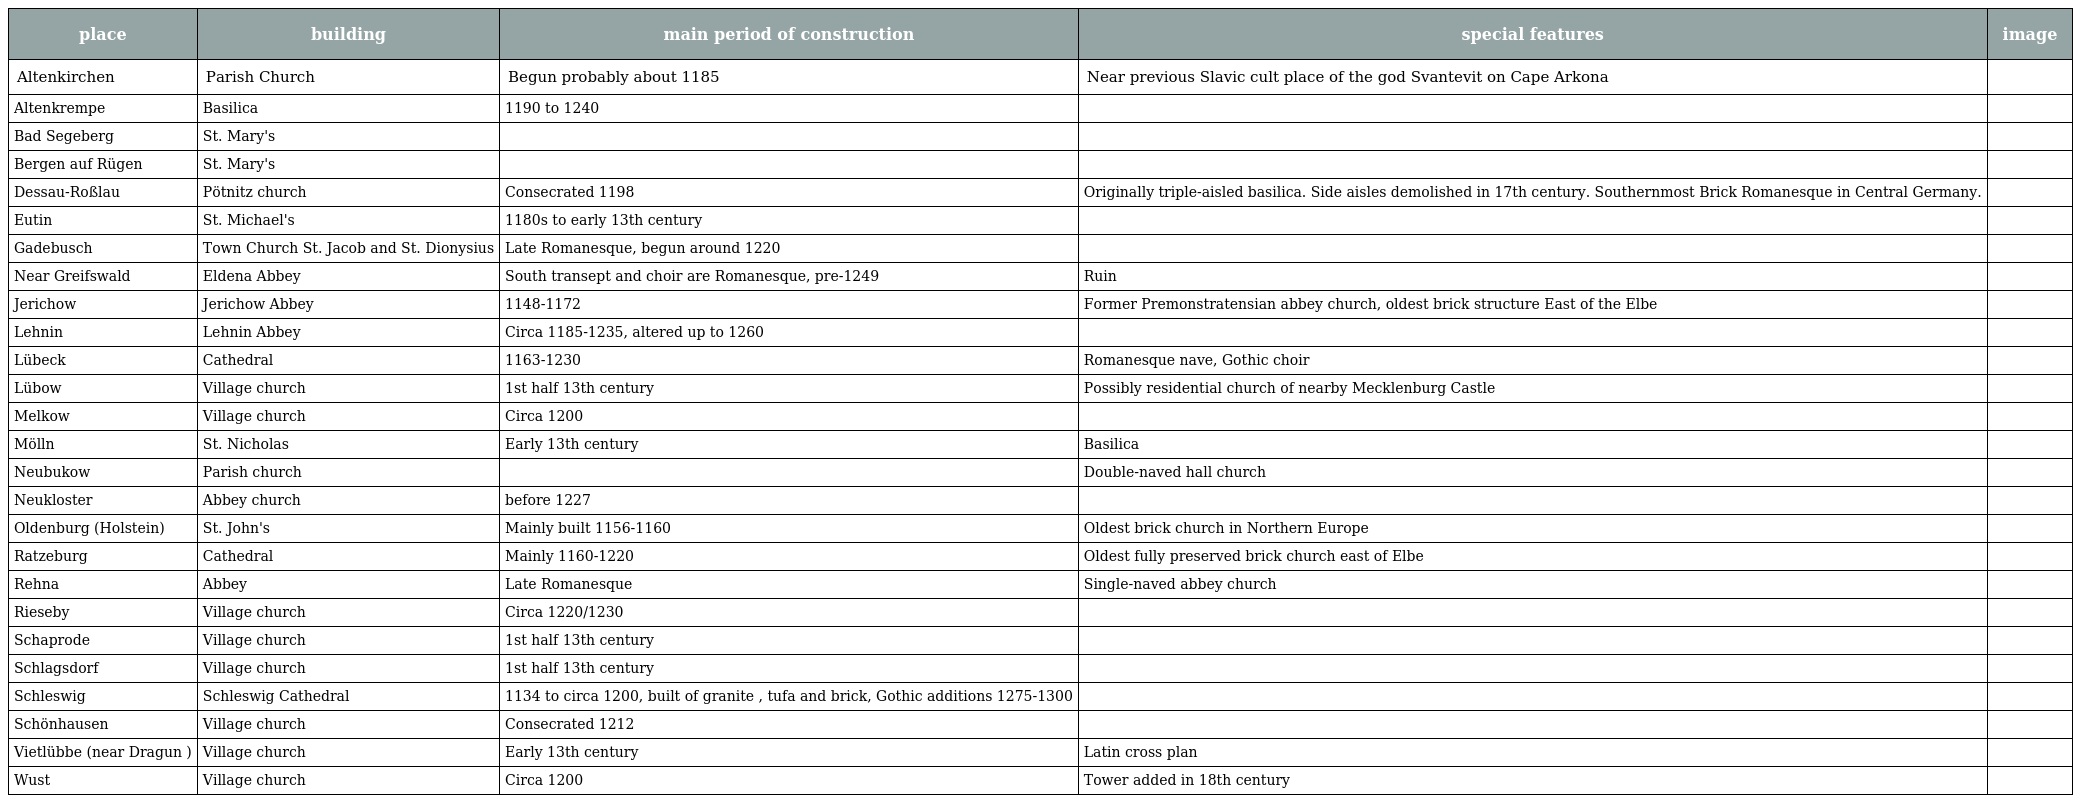
| place | building | main period of construction | special features | image |
 | --- | --- | --- | --- | --- |
 | Altenkirchen | Parish Church | Begun probably about 1185 | Near previous Slavic cult place of the god Svantevit on Cape Arkona |  |
 | Altenkrempe | Basilica | 1190 to 1240 |  |  |
 | Bad Segeberg | St. Mary's |  |  |  |
 | Bergen auf Rügen | St. Mary's |  |  |  |
 | Dessau-Roßlau | Pötnitz church | Consecrated 1198 | Originally triple-aisled basilica. Side aisles demolished in 17th century. Southernmost Brick Romanesque in Central Germany. |  |
 | Eutin | St. Michael's | 1180s to early 13th century |  |  |
 | Gadebusch | Town Church St. Jacob and St. Dionysius | Late Romanesque, begun around 1220 |  |  |
 | Near Greifswald | Eldena Abbey | South transept and choir are Romanesque, pre-1249 | Ruin |  |
 | Jerichow | Jerichow Abbey | 1148-1172 | Former Premonstratensian abbey church, oldest brick structure East of the Elbe |  |
 | Lehnin | Lehnin Abbey | Circa 1185-1235, altered up to 1260 |  |  |
 | Lübeck | Cathedral | 1163-1230 | Romanesque nave, Gothic choir |  |
 | Lübow | Village church | 1st half 13th century | Possibly residential church of nearby Mecklenburg Castle |  |
 | Melkow | Village church | Circa 1200 |  |  |
 | Mölln | St. Nicholas | Early 13th century | Basilica |  |
 | Neubukow | Parish church |  | Double-naved hall church |  |
 | Neukloster | Abbey church | before 1227 |  |  |
 | Oldenburg (Holstein) | St. John's | Mainly built 1156-1160 | Oldest brick church in Northern Europe |  |
 | Ratzeburg | Cathedral | Mainly 1160-1220 | Oldest fully preserved brick church east of Elbe |  |
 | Rehna | Abbey | Late Romanesque | Single-naved abbey church |  |
 | Rieseby | Village church | Circa 1220/1230 |  |  |
 | Schaprode | Village church | 1st half 13th century |  |  |
 | Schlagsdorf | Village church | 1st half 13th century |  |  |
 | Schleswig | Schleswig Cathedral | 1134 to circa 1200, built of granite , tufa and brick, Gothic additions 1275-1300 |  |  |
 | Schönhausen | Village church | Consecrated 1212 |  |  |
 | Vietlübbe (near Dragun ) | Village church | Early 13th century | Latin cross plan |  |
 | Wust | Village church | Circa 1200 | Tower added in 18th century |  |